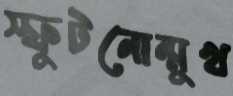
স্ফুটনোন্মুখ